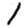
Digit: 1